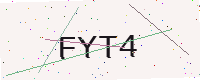
Text: FYT4